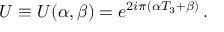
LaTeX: U \equiv U ( \alpha , \beta ) = e ^ { 2 i \pi ( \alpha T _ { 3 } + \beta ) } \, .